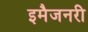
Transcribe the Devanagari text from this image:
इमैजनरी